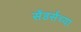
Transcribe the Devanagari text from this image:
सेंडर्सच्या